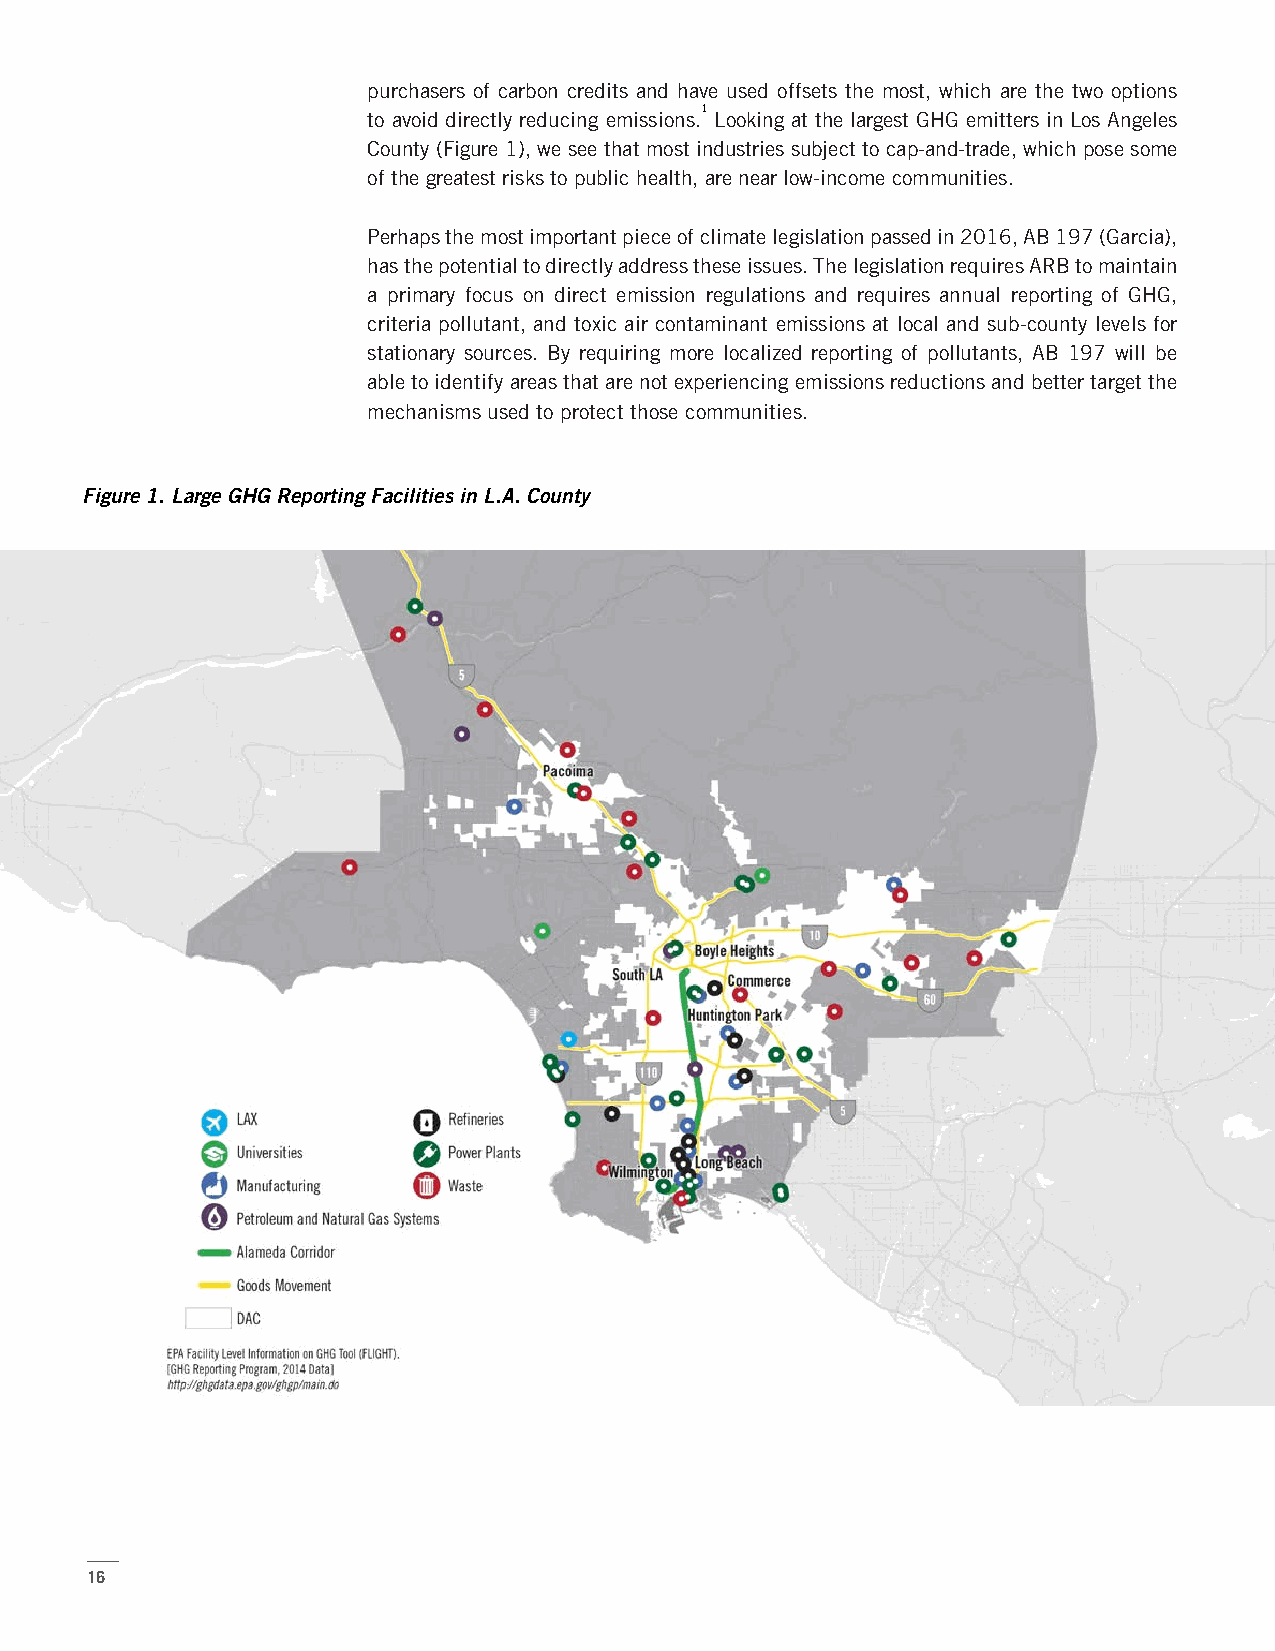
purchasers of carbon credits and have used offsets the most, which are the two options
 1
 to avoid directly reducing emissions. Looking at the largest GHG emitters in Los Angeles
 County (Figure 1), we see that most industries subject to cap-and-trade, which pose some
 of the greatest risks to public health, are near low-income communities.
 Perhaps the most important piece of climate legislation passed in 2016, AB 197 (Garcia),
 has the potential to directly address these issues. The legislation requires ARB to maintain
 a primary focus on direct emission regulations and requires annual reporting of GHG,
 criteria pollutant, and toxic air contaminant emissions at local and sub-county levels for
 stationary sources. By requiring more localized reporting of pollutants, AB 197 will be
 able to identify areas that are not experiencing emissions reductions and better target the
 mechanisms used to protect those communities.
 Figure 1. Large GHG Reporting Facilities in L.A. County
 16